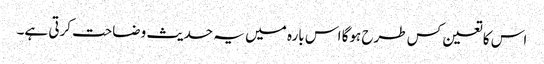
اس کا تعین کس طرح ہوگا اس بارہ میں یہ حدیث وضاحت کرتی ہے۔